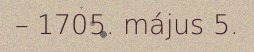
– 1705. május 5.